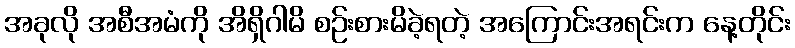
အခုလို အစီအမံကို အိရှိဂါမိ စဉ်းစားမိခဲ့ရတဲ့ အကြောင်းအရင်းက နေ့တိုင်း